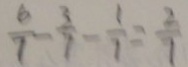
\frac { 6 } { 7 } - \frac { 3 } { 7 } - \frac { 1 } { 7 } = \frac { 2 } { 7 }